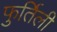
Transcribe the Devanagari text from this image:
फुर्तिली